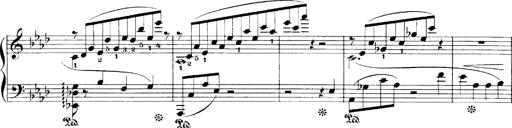
Title: LiebestrÃ¤ume
Composer: Franz Behr
Key: E-flat major